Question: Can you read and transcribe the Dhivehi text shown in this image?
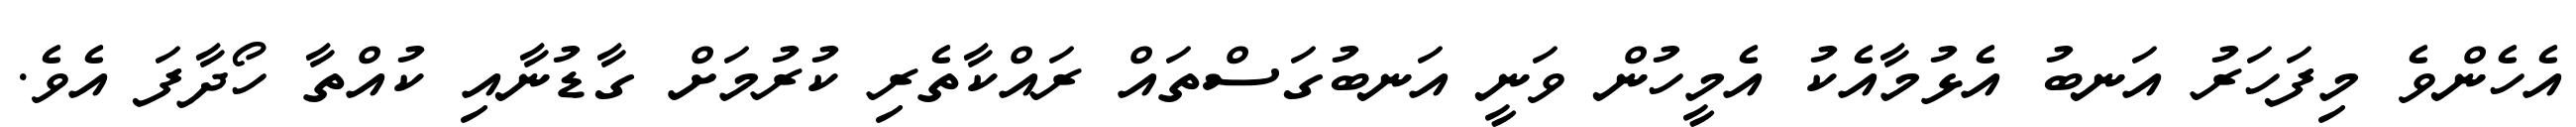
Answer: އެހެންވެ މިފަހަރު އަނބު އެޅުމާއެކު އެމީހުން ވަނީ އަނބުގަސްތައް ރައްކާތެރި ކުރުމަށް ގާޑުނާއި ކުއްތާ ހޯދާފަ އެވެ.